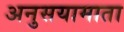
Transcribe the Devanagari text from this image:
अनुसयामाता